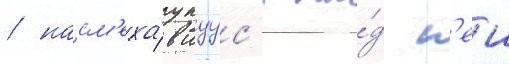
/ насм'еха́вшуус'я на́д н'еи